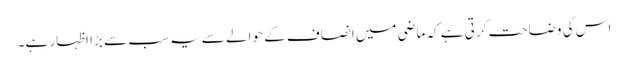
اس کی وضاحت کرتی ہے کہ ماضی میں انصاف کے حوالے سے یہ سب سے بڑا اظہار ہے۔